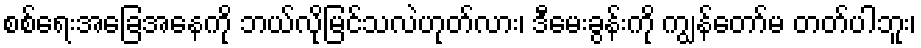
စစ်ရေးအခြေအနေကို ဘယ်လိုမြင်သလဲဟုတ်လား၊ ဒီမေးခွန်းကို ကျွန်တော်မ တတ်ပါဘူး၊